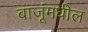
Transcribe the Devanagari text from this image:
बाजूंमधील